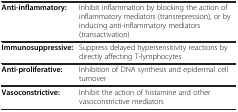
|  |  |
 | --- | --- |
 | Anti-inflammatory: | Inhibit inflammation by blocking the action of inflammatory mediators (transrepression), or by inducing anti-inflammatory mediators (transactivation) |
 | Immunosuppressive: | Suppress delayed hypersensitivity reactions by directly affecting T-lymphocytes |
 | Anti-proliferative: | Inhibition of DNA synthesis and epidermal cell turnover |
 | Vasoconstrictive: | Inhibit the action of histamine and other vasoconstrictive mediators |